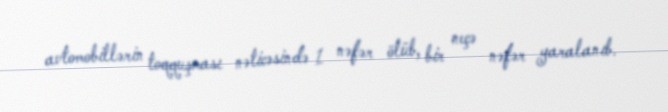
avtomobillərin toqquşması nəticəsində 1 nəfər ölüb, bir neçə nəfər yaralanıb.